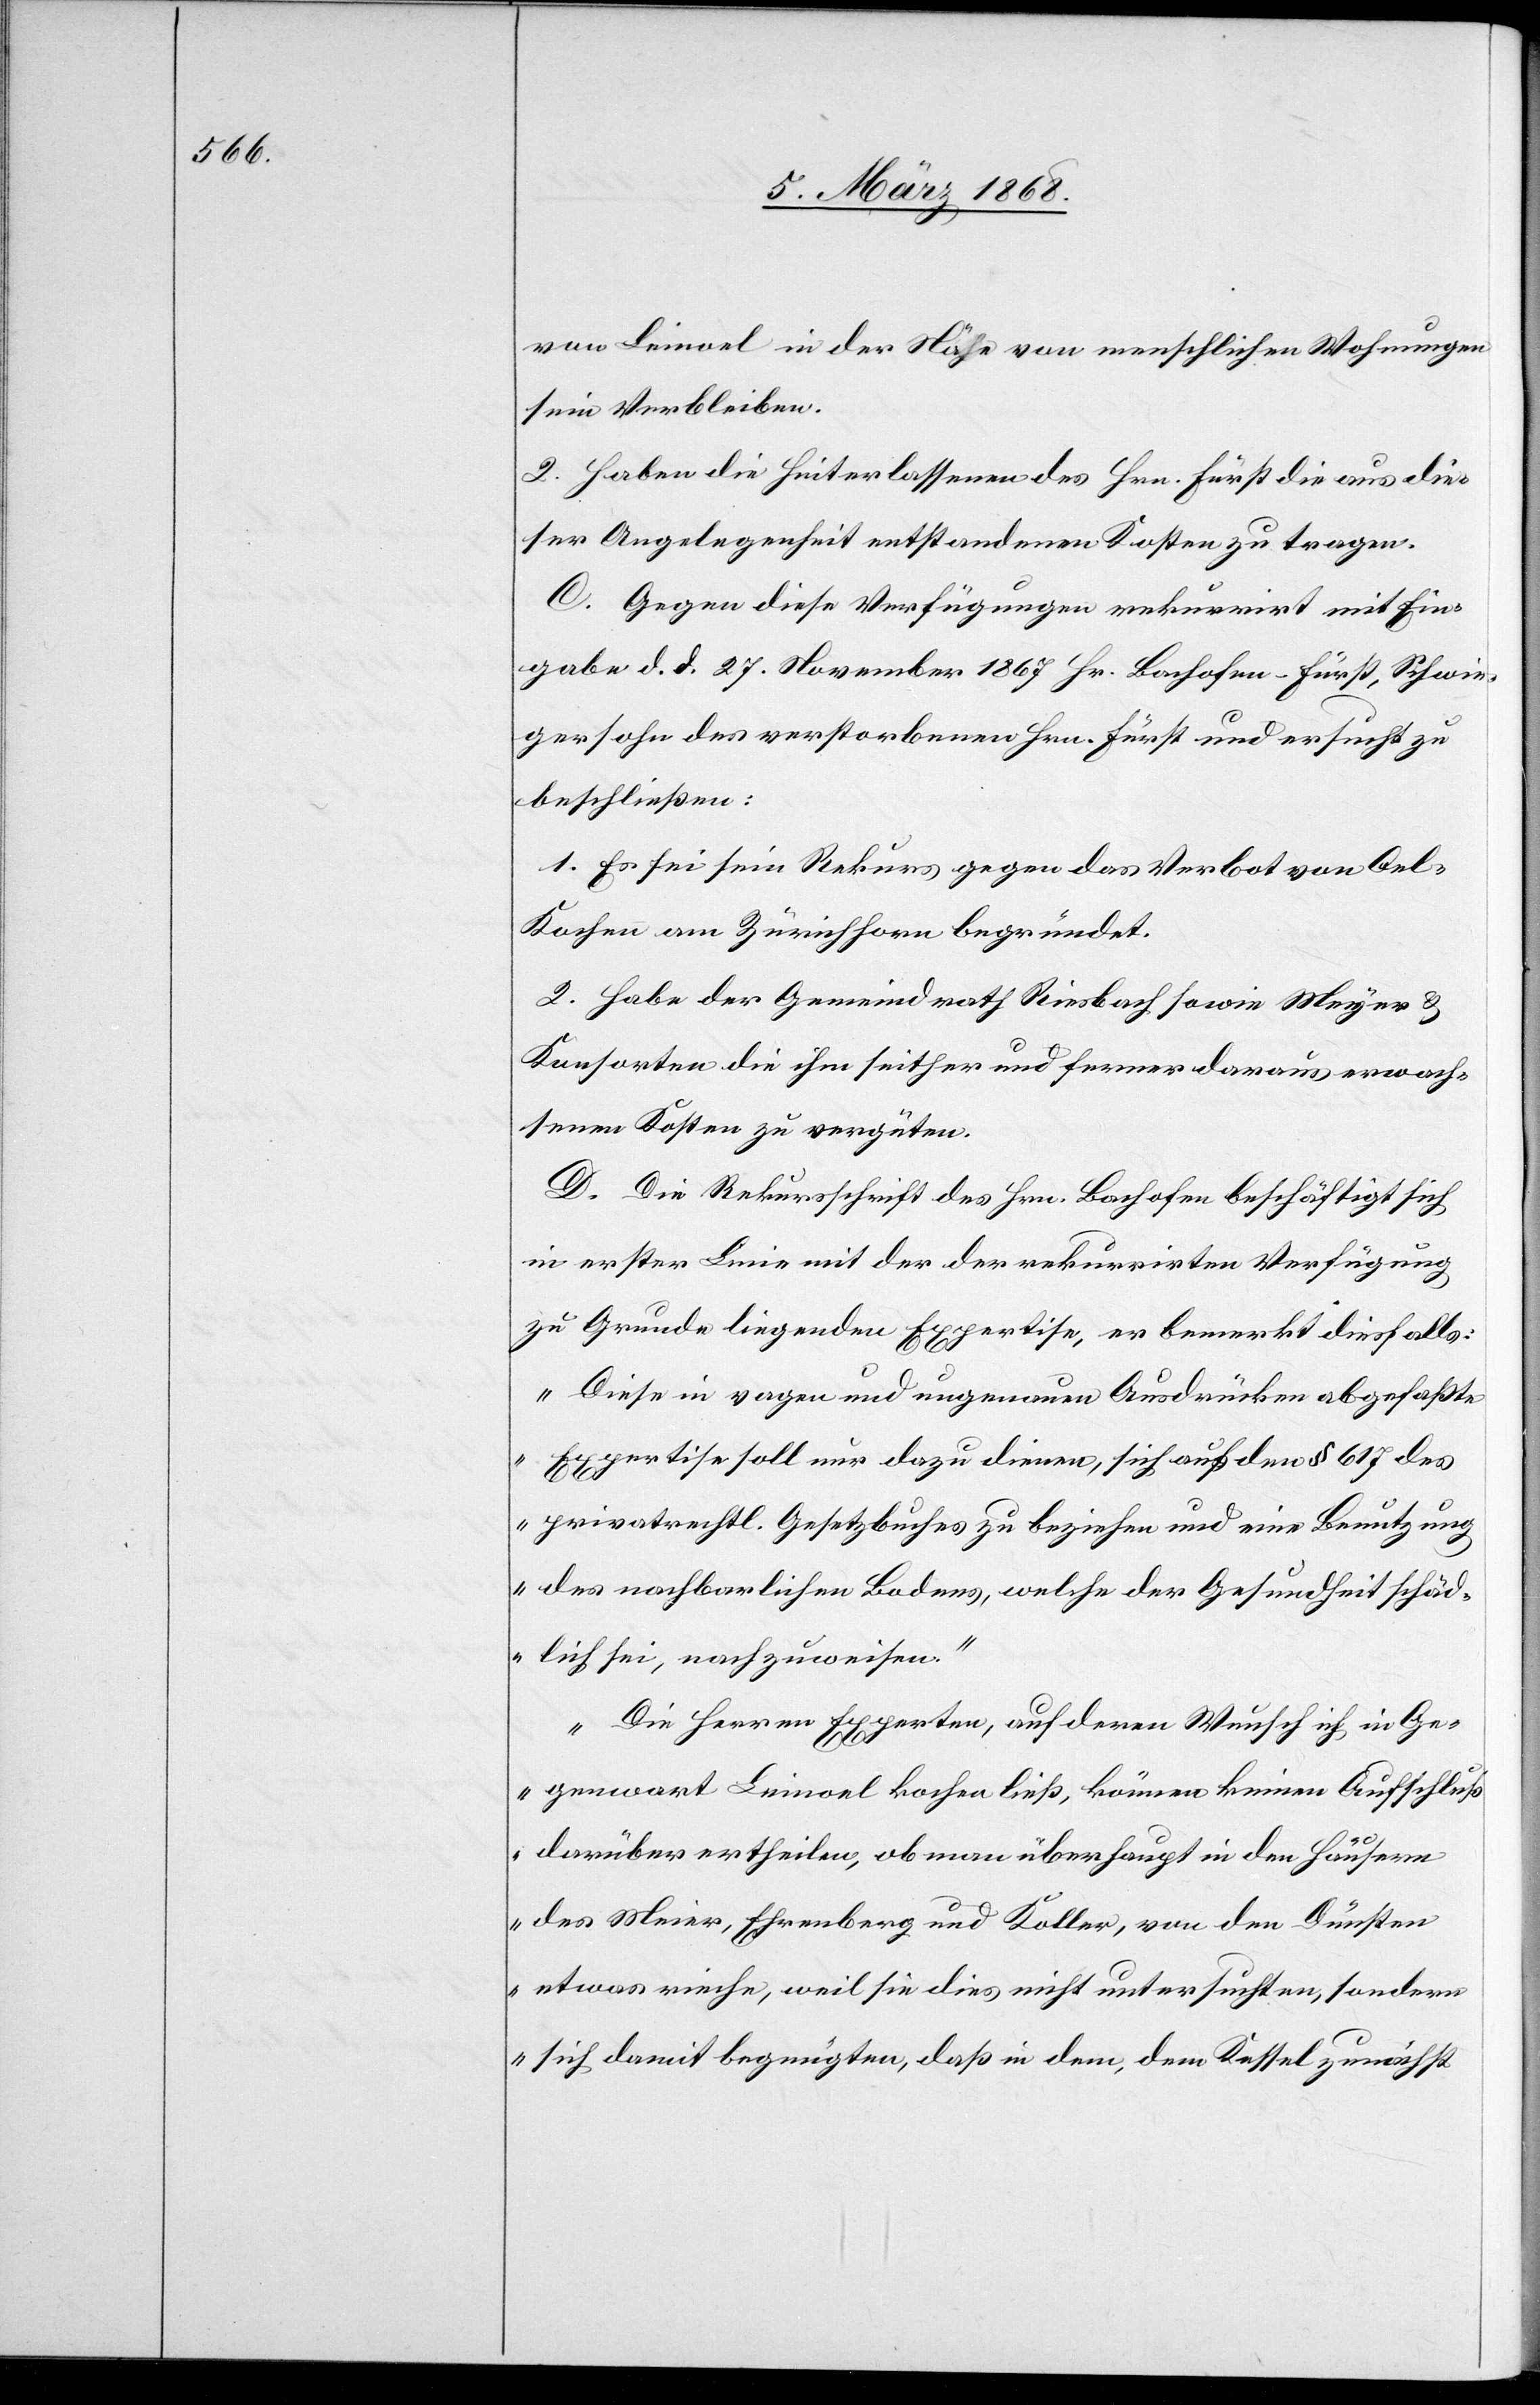
von Leinoel in der Nähe von menschlichen Wohnungen
sein Verbleiben.
2. Haben die Hinterlassenen des Hrn. Fürst die aus die¬
ser Angelegenheit entstandenen Kosten zu tragen.
C. Gegen diese Verfügungen rekurrirt mit Ein¬
gabe d. d. 27. November 1867 Hr. Bachofen-Fürst, Schwie¬
gersohn des verstorbenen Hrn. Fürst und ersucht zu
beschließen:
1. Es sei sein Rekurs gegen das Verbot von Oel-K¬
ochen am Zürichhorn begründet.
2. Habe der Gemeindrath Riesbach sowie Meyer &
Konsorten die ihm seither und ferner daraus erwach¬
senen Kosten zu vergüten.
D. Die Rekursschrift des Hrn. Bachofen beschäftigt sich
in erster Linie mit der der rekurrirten Verfügung
zu Grunde liegenden Expertise, er bemerkt diesfalls:
„Diese in vagen und ungenauen Ausdrücken abgefaßte
Expertise soll nur dazu dienen, sich auf den § 617 des
privatrechtl. Gesetzbuches zu beziehen und eine Benutzung
des nachbarlichen Bodens, welche der Gesundheit schäd¬
lich sei, nachzuweisen.“
„Die Herren Experten, auf deren Wunsch ich in Ge¬
genwart Leinoel kochen ließ, können keinen Aufschluß
darüber ertheilen, ob man überhaupt in den Häusern
des Meier [sic!], Ehrenberg und Koller, von den Dünsten
etwas rieche, weil sie dies nicht untersuchten, sondern
sich damit begnügten, daß in dem, dem Kessel zunächst